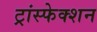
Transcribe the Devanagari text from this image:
ट्रांस्फेक्शन